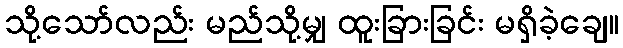
သို့သော်လည်း မည်သို့မျှ ထူးခြားခြင်း မရှိခဲ့ချေ။